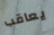
يعاقب